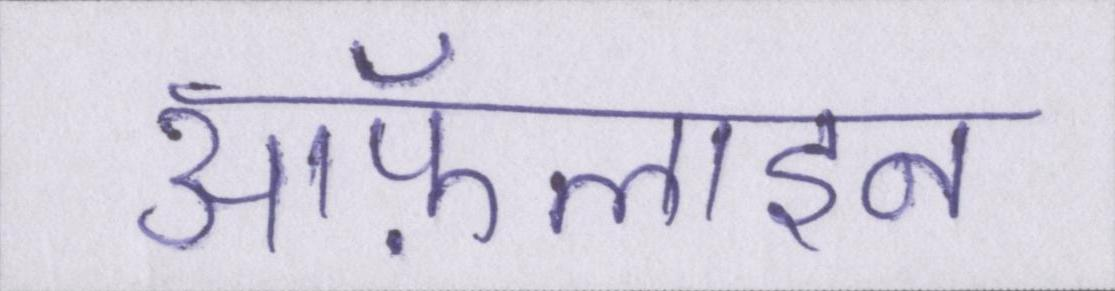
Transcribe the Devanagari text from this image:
ऑफ़लाइन